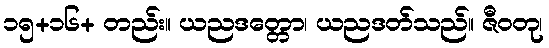
၁၅+၁၆+ တည်း။ ယညဒတ္တော၊ ယညဒတ်သည်။ ဇီဝတု၊